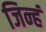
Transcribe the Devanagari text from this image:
जिन्हं